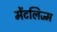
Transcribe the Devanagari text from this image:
मेंटलिज्म